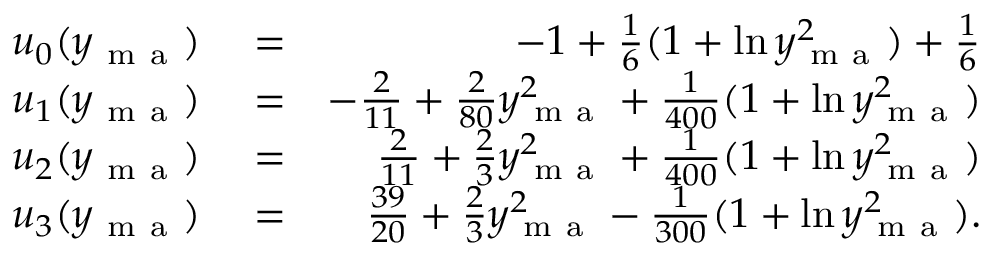
\begin{array} { r l r } { u _ { 0 } ( y _ { \mathrm { ~ m ~ a ~ } } ) } & { { } = } & { - 1 + \frac { 1 } { 6 } ( 1 + \ln y _ { \mathrm { ~ m ~ a ~ } } ^ { 2 } ) + \frac { 1 } { 6 } } \\ { u _ { 1 } ( y _ { \mathrm { ~ m ~ a ~ } } ) } & { { } = } & { - \frac { 2 } { 1 1 } + \frac { 2 } { 8 0 } y _ { \mathrm { ~ m ~ a ~ } } ^ { 2 } + \frac { 1 } { 4 0 0 } ( 1 + \ln y _ { \mathrm { ~ m ~ a ~ } } ^ { 2 } ) } \\ { u _ { 2 } ( y _ { \mathrm { ~ m ~ a ~ } } ) } & { { } = } & { \frac { 2 } { 1 1 } + \frac { 2 } { 3 } y _ { \mathrm { ~ m ~ a ~ } } ^ { 2 } + \frac { 1 } { 4 0 0 } ( 1 + \ln y _ { \mathrm { ~ m ~ a ~ } } ^ { 2 } ) } \\ { u _ { 3 } ( y _ { \mathrm { ~ m ~ a ~ } } ) } & { { } = } & { \frac { 3 9 } { 2 0 } + \frac { 2 } { 3 } y _ { \mathrm { ~ m ~ a ~ } } ^ { 2 } - \frac { 1 } { 3 0 0 } ( 1 + \ln y _ { \mathrm { ~ m ~ a ~ } } ^ { 2 } ) . } \end{array}